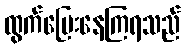
ထွက်ပြေးနေကြရသည်